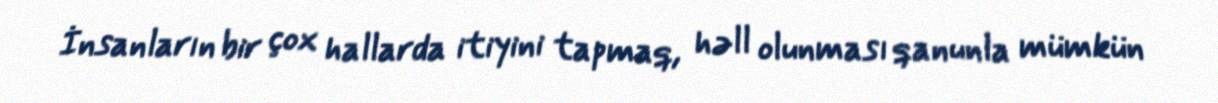
İnsanların bir çox hallarda itiyini tapmaq, həll olunması qanunla mümkün